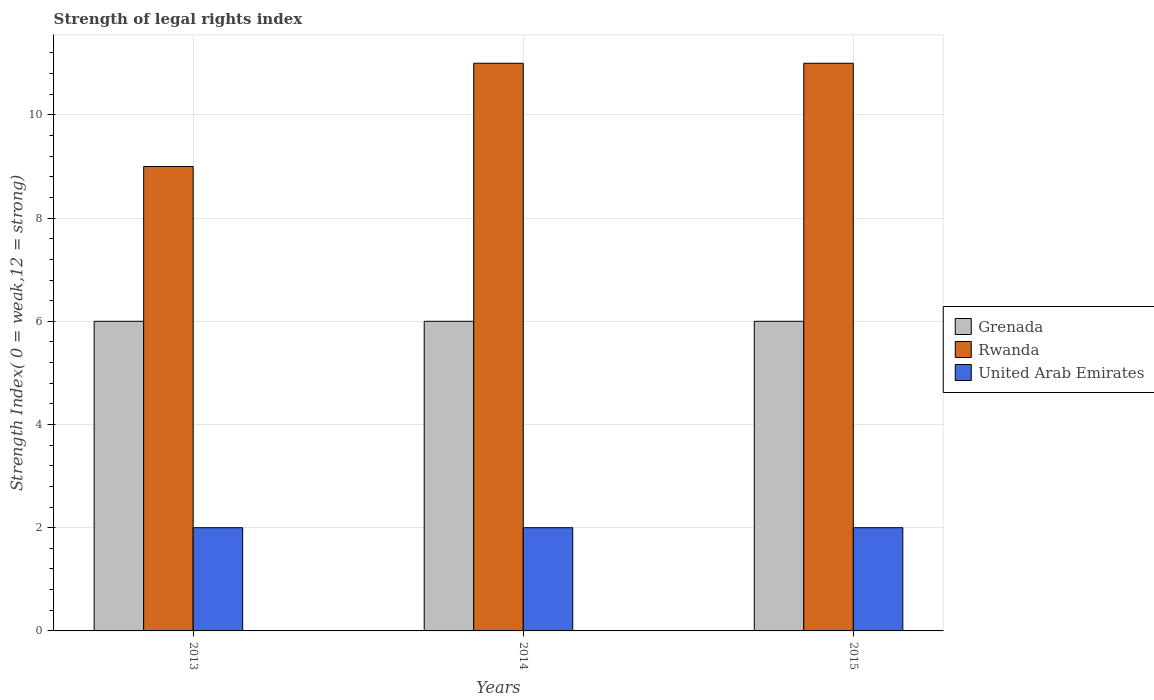
| Years | Grenada | Rwanda | United Arab Emirates |
 | --- | --- | --- | --- |
 | 2013 | 6 | 9 | 2 |
 | 2014 | 6 | 11 | 2 |
 | 2015 | 6 | 11 | 2 |